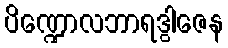
ပိဏ္ဍောလဘာရဒွါဇေန